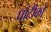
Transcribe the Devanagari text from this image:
घांटीको